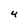
Character: 4